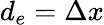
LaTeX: d_{e}=\Delta x